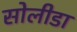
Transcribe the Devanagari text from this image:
सोलीडा